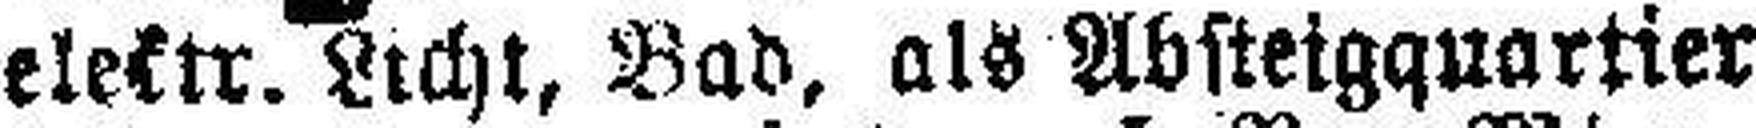
electr. Licht, Bad, als Absteigquartier